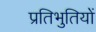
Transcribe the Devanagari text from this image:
प्रतिभुतियों